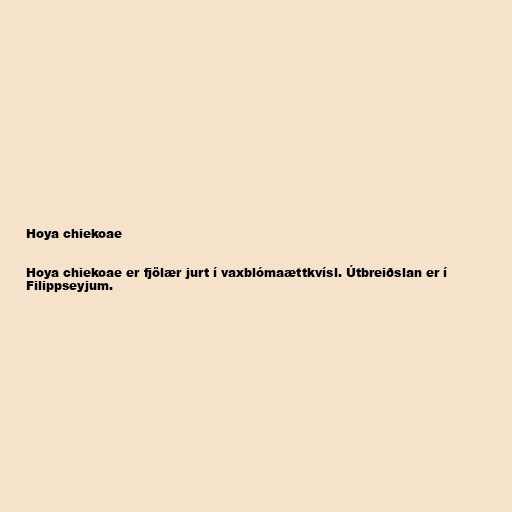
Hoya chiekoae

Hoya chiekoae er fjölær jurt í vaxblómaættkvísl. Útbreiðslan er í
Filippseyjum.